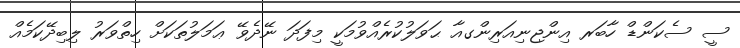
ސީ ސެކަންޑް ހާބަރ އިންޖިނިއަރިންގއާ ޙަވަލުކުރެއްވުމަކީ މިފަދަ ނޭދެވޭ ޢަމަލުތަކަށް ހިތްވަރު ލިބިދޭކަމެއް